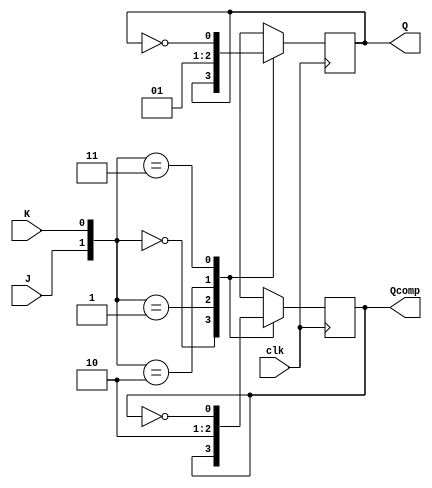
module JK_FlipFlop(J, K, Q, Qcomp, clk);

	input J, K, clk;
	output Q, Qcomp;
	
	reg Q, Qcomp;
	initial begin Q=1'b0; Qcomp=1'b1; end

	always @(posedge clk)
	begin
		case({J,K})
			{1'b0, 1'b0}:begin Q=Q; Qcomp=Qcomp; end
			{1'b0, 1'b1}:begin Q=0; Qcomp=1; end
			{1'b1, 1'b0}:begin Q=1; Qcomp=0; end
			{1'b1, 1'b1}:begin Q=~Q; Qcomp=~Qcomp; end
		endcase
	end
endmodule